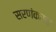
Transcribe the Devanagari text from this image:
सरणंकरचा